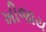
ખીજાય